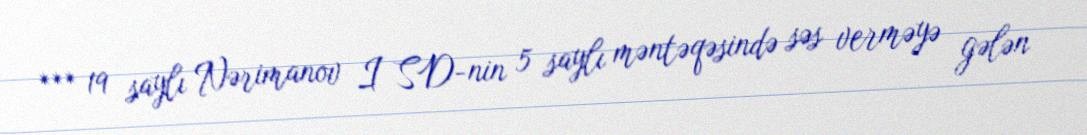
*** 19 saylı Nərimanov I SD-nin 5 saylı məntəqəsində səs verməyə gələn